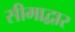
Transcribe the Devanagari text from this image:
सीमाद्वार